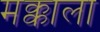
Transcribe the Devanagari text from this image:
मक्काला